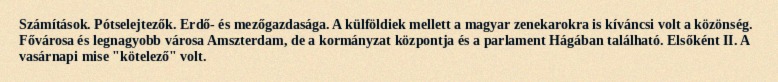
Számítások. Pótselejtezők. Erdő- és mezőgazdasága. A külföldiek mellett a magyar zenekarokra is kíváncsi volt a közönség. Fővárosa és legnagyobb városa Amszterdam, de a kormányzat központja és a parlament Hágában található. Elsőként II. A vasárnapi mise "kötelező" volt.